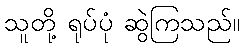
သူတို့ ရုပ်ပုံ ဆွဲကြသည်။